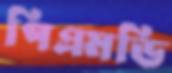
পিএমডি